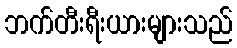
ဘက်တီးရီးယားများသည်